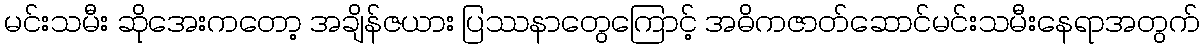
မင်းသမီး ဆိုအေးကတော့ အချိန်ဇယား ပြဿနာတွေကြောင့် အဓိကဇာတ်ဆောင်မင်းသမီးနေရာအတွက်